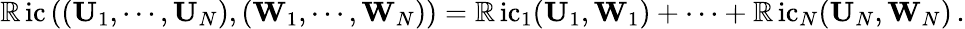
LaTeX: \operatorname{\mathbb{R}ic}\left((\mathbf{{U}}_{1},\cdots,\mathbf{{U}}_{N}),(\mathbf{{W}}_{1},\cdots,\mathbf{{W}}_{N})\right)=\operatorname{\mathbb{R}ic}_{1}(\mathbf{{U}}_{1},\mathbf{{W}}_{1})+\cdots+\operatorname{\mathbb{R}ic}_{N}(\mathbf{{U}}_{N},\mathbf{{W}}_{N})\, .